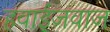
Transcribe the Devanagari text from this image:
हवाईजवाज